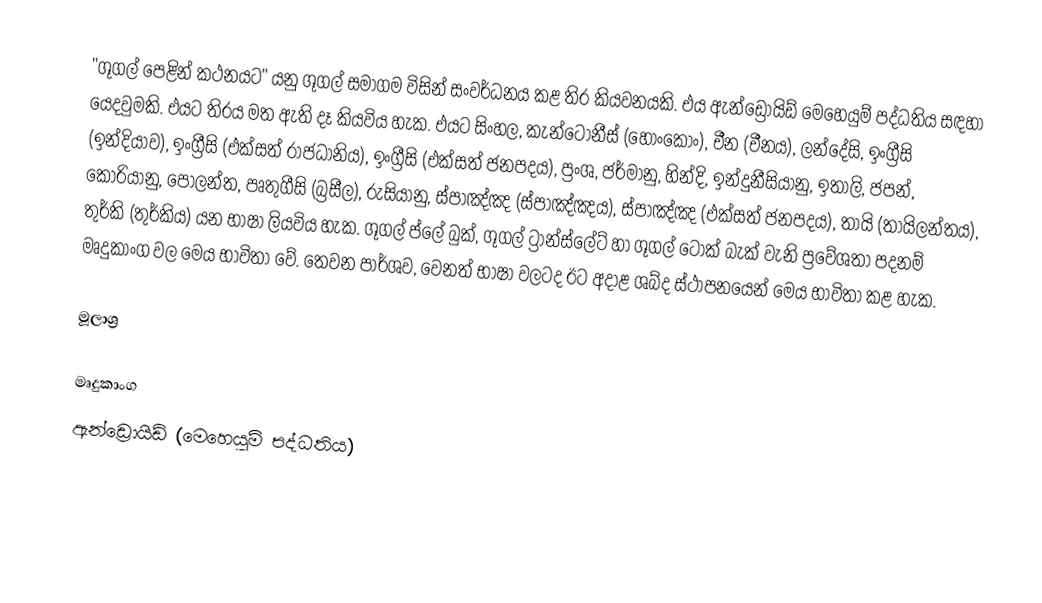
"ගූගල් පෙළින් කථනයට" යනු ගූගල් සමාගම විසින් සංවර්ධනය කළ තිර කියවනයකි. එය  ඇන්ඩ්‍රොයිඩ් මෙහෙයුම් පද්ධතිය සඳහා යෙදවුමකි. එයට තිරය මත ඇති දෑ කියවිය හැක. එයට සිංහල, කැන්ටොනීස් (හොංකොං), චීන (චීනය), ලන්දේසි, ඉංග්‍රීසි (ඉන්දියාව), ඉංග්‍රීසි (එක්සත් රාජධානිය), ඉංග්‍රීසි (එක්සත් ජනපදය), ප්‍රංශ, ජර්මානු, හින්දි, ඉන්දුනීසියානු, ඉතාලි, ජපන්, කොරියානු, පෝලන්ත, පෘතුගීසි (බ්‍රසීල), රුසියානු, ස්පාඤ්ඤ (ස්පාඤ්ඤය), ස්පාඤ්ඤ (එක්සත් ජනපදය), තායි (තායිලන්තය), තුර්කි (තුර්කිය) යන භාෂා ලියවිය හැක. ගූගල් ප්ලේ බුක්, ගූගල් ට්‍රාන්ස්ලේට් හා ගූගල් ටොක් බැක් වැනි ප්‍රවේශතා පදනම් මෘදුකාංග වල මෙය භාවිතා වේ. තෙවන පාර්ශව, වෙනත් භාෂා වලටද ඊට අදාළ ශබ්ද ස්ථාපනයෙන් මෙය භාවිතා කළ හැක.

මූලාශ්‍ර

මෘදුකාංග
ඇන්ඩ්‍රොයිඩ් (මෙහෙයුම් පද්ධතිය)